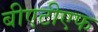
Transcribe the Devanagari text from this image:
बीएटीएफ